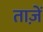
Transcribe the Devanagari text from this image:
ताज़ें